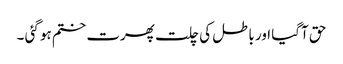
حق آگیا اور باطل کی چلت پھرت ختم ہو گئی ۔